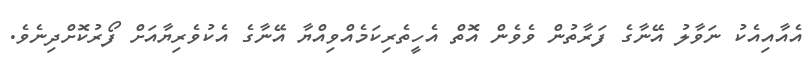
އެއާއިއެކު ނަވާލު އޭނާގެ ފަރާތުން ވެވެން އޮތް އެހީތެރިކަމެއްވިއްޔާ އޭނާގެ އެކުވެރިޔާއަށް ފޯރުކޮށްދިނެވެ.